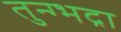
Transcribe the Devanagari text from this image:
तुन्ग्भद्रा